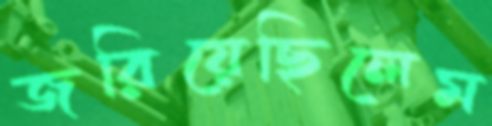
জরিয়েছিলেম